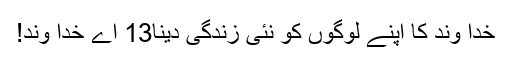
خدا وند کا اپنے لوگوں کو نئی زندگی دینا13 اے خدا وند!